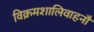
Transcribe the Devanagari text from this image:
विक्रमशालिवाहनौ